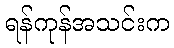
ရန်ကုန်အသင်းက